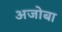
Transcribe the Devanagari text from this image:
अजोबा